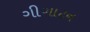
ગીગાટન